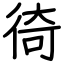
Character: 徛